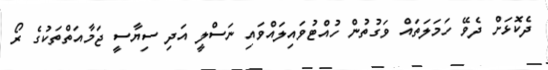
ދެކޮޅަށް ދެވޭ ހަމަލަތައް ވަގުތުން ހުއްޓުވައިލައްވައި ނަސްލީ އަދި ސިޔާސީ ޖަމާއަތްތަކުގެ ރޯ